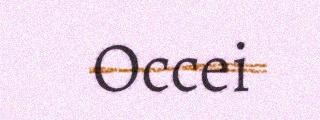
Occei